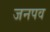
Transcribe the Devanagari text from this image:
जनपव